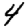
Digit: 4